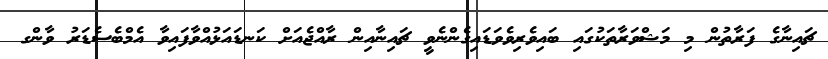
ޗައިނާގެ ފަރާތުން މި މަޝްވަރާތަކުގައި ބައިވެރިވެވަޑައިގެންނެވީ ޗައިނާއިން ރާއްޖެއަށް ކަނޑައަޅުއްވާފައިވާ އެމްބެސެޑަރު ވާންގ